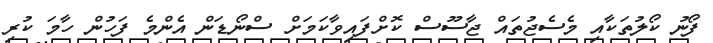
ފޯނު ކޯލުތަކާއި މެސެޖުތައް ޖާސޫސް ކޮށްފައިވާކަމަށް ސްނޯޑަން އެންމެ ފަހުން ހާމަ ކުރި